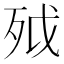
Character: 𣧡